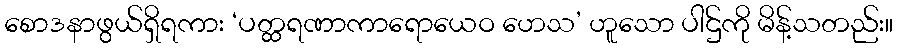
စောဒနာဖွယ်ရှိရကား ‘ပတ္ထရဏာကာရောယေဝ ဟေသ’ ဟူသော ပါဌ်ကို မိန့်သတည်း။